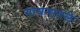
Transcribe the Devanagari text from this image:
गायनातले